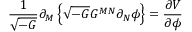
\frac { 1 } { \sqrt { - G } } \partial _ { M } \left\{ \sqrt { - G } G ^ { M N } \partial _ { N } \phi \right\} = \frac { \partial V } { \partial \phi }